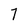
Character: 7